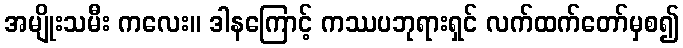
အမျိုးသမီး ကလေး။ ဒါနကြောင့် ကဿပဘုရားရှင် လက်ထက်တော်မှစ၍